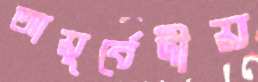
আয়ুর্বেদীয়